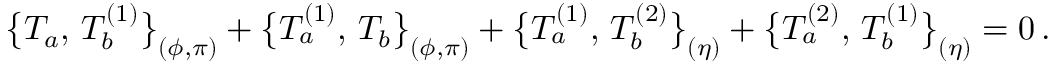
\bigl \{ T _ { a } , \, T _ { b } ^ { ( 1 ) } \bigr \} _ { ( \phi , \pi ) } + \bigl \{ T _ { a } ^ { ( 1 ) } , \, T _ { b } \bigr \} _ { ( \phi , \pi ) } + \bigl \{ T _ { a } ^ { ( 1 ) } , \, T _ { b } ^ { ( 2 ) } \bigr \} _ { ( \eta ) } + \bigl \{ T _ { a } ^ { ( 2 ) } , \, T _ { b } ^ { ( 1 ) } \bigr \} _ { ( \eta ) } = 0 \, .